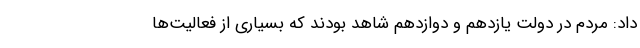
داد: مردم در دولت یازدهم و دوازدهم شاهد بودند که بسیاری از فعالیت‌ها